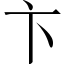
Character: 卞